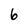
Character: 6